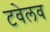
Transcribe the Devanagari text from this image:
टवेलव